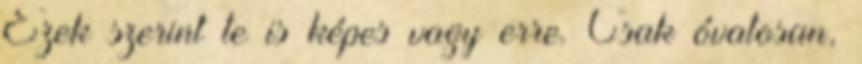
Ezek szerint te is képes vagy erre. Csak óvatosan,